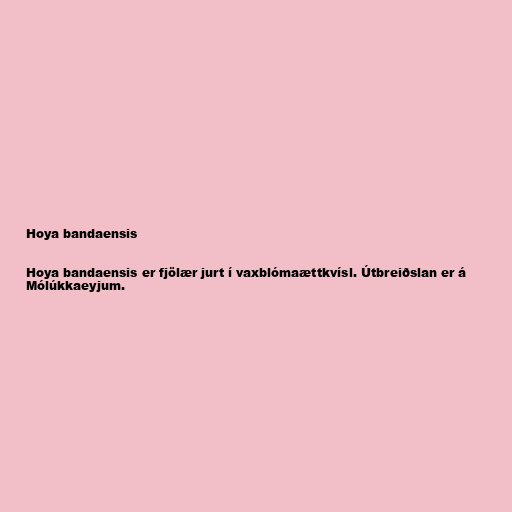
Hoya bandaensis

Hoya bandaensis er fjölær jurt í vaxblómaættkvísl. Útbreiðslan er á
Mólúkkaeyjum.